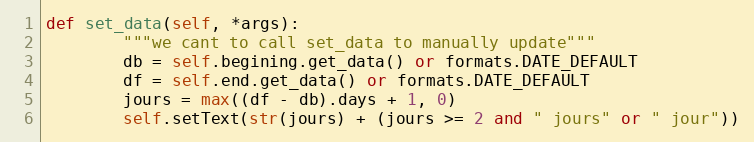
Language: Python
def set_data(self, *args):
        """we cant to call set_data to manually update"""
        db = self.begining.get_data() or formats.DATE_DEFAULT
        df = self.end.get_data() or formats.DATE_DEFAULT
        jours = max((df - db).days + 1, 0)
        self.setText(str(jours) + (jours >= 2 and " jours" or " jour"))